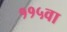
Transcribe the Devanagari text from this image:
११५वा